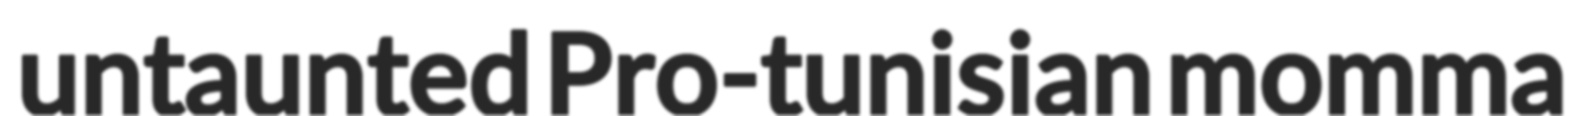
untaunted Pro-tunisian momma